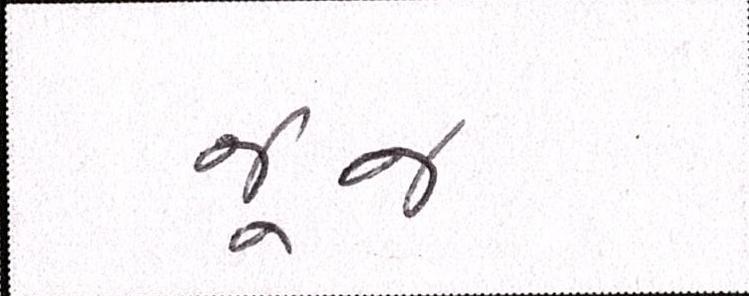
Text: જૂજ